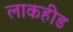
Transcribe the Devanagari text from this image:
लाकहीड